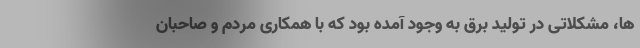
ها، مشکلاتی در تولید برق به وجود آمده بود که با همکاری مردم و صاحبان